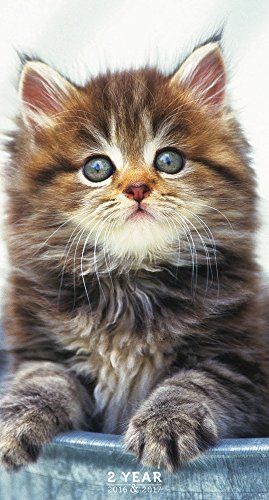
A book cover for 2016-2017 Kittens 2 Year Pocket Calendar; TF Publishing; Calendars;